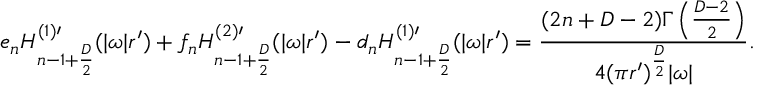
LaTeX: e _ { n } H _ { n - 1 + { \frac { D } { 2 } } } ^ { ( 1 ) \prime } ( | \omega | r ^ { \prime } ) + f _ { n } H _ { n - 1 + { \frac { D } { 2 } } } ^ { ( 2 ) \prime } ( | \omega | r ^ { \prime } ) - d _ { n } H _ { n - 1 + { \frac { D } { 2 } } } ^ { ( 1 ) \prime } ( | \omega | r ^ { \prime } ) = { \frac { ( 2 n + D - 2 ) \Gamma \left( { \frac { D - 2 } { 2 } } \right) } { 4 ( \pi r ^ { \prime } ) ^ { \frac { D } { 2 } } | \omega | } } .